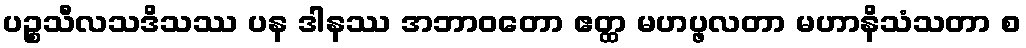
ပဉ္စသီလသဒိသဿ ပန ဒါနဿ အဘာဝတော ဧတ္ထ မဟပ္ဖလတာ မဟာနိသံသတာ စ